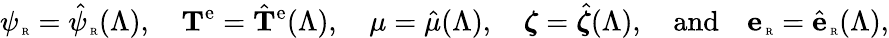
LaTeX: \psi_{\mathrm{\tiny~R}}=\hat{\psi}_{\mathrm{\tiny~R}}(\Lambda),\quad{\mathbf T}^{\mathrm{e}}=\hat{{\mathbf T}}^{\mathrm{e}}(\Lambda),\quad\mu=\hat{\mu}(\Lambda),\quad\boldsymbol{\zeta}=\hat{\boldsymbol{\zeta}}(\Lambda),\quad\mathrm{and}\quad{\mathbf e}_{\mathrm{\tiny~R}}=\hat{{\mathbf e}}_{\mathrm{\tiny~R}}(\Lambda),